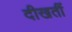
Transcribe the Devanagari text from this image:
दीखतीं